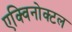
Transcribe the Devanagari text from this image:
एक्विनोक्टल